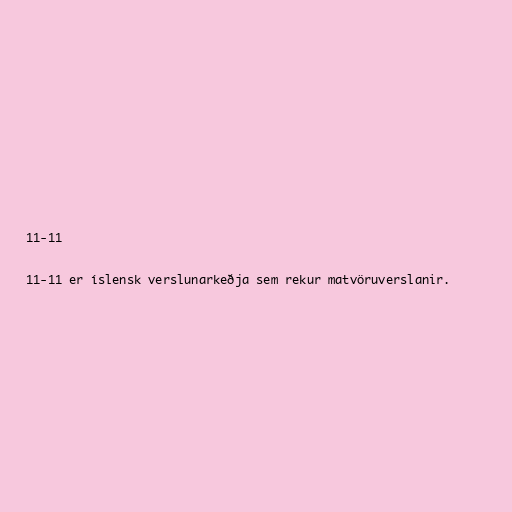
11-11

11-11 er íslensk verslunarkeðja sem rekur matvöruverslanir.